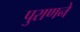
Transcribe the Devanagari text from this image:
पुराणने